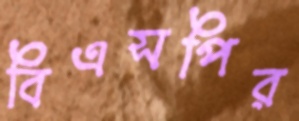
বিএসপির